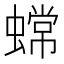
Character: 蟐